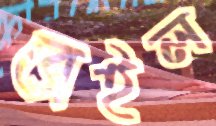
ব্রেইল